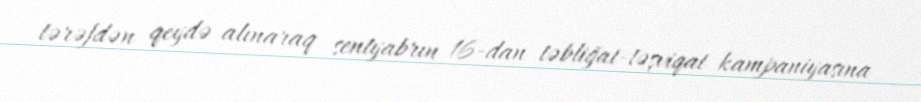
tərəfdən qeydə alınaraq sentyabrın 16-dan təbliğat-təşviqat kampaniyasına